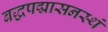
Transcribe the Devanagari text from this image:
बद्धपद्मासनस्थं